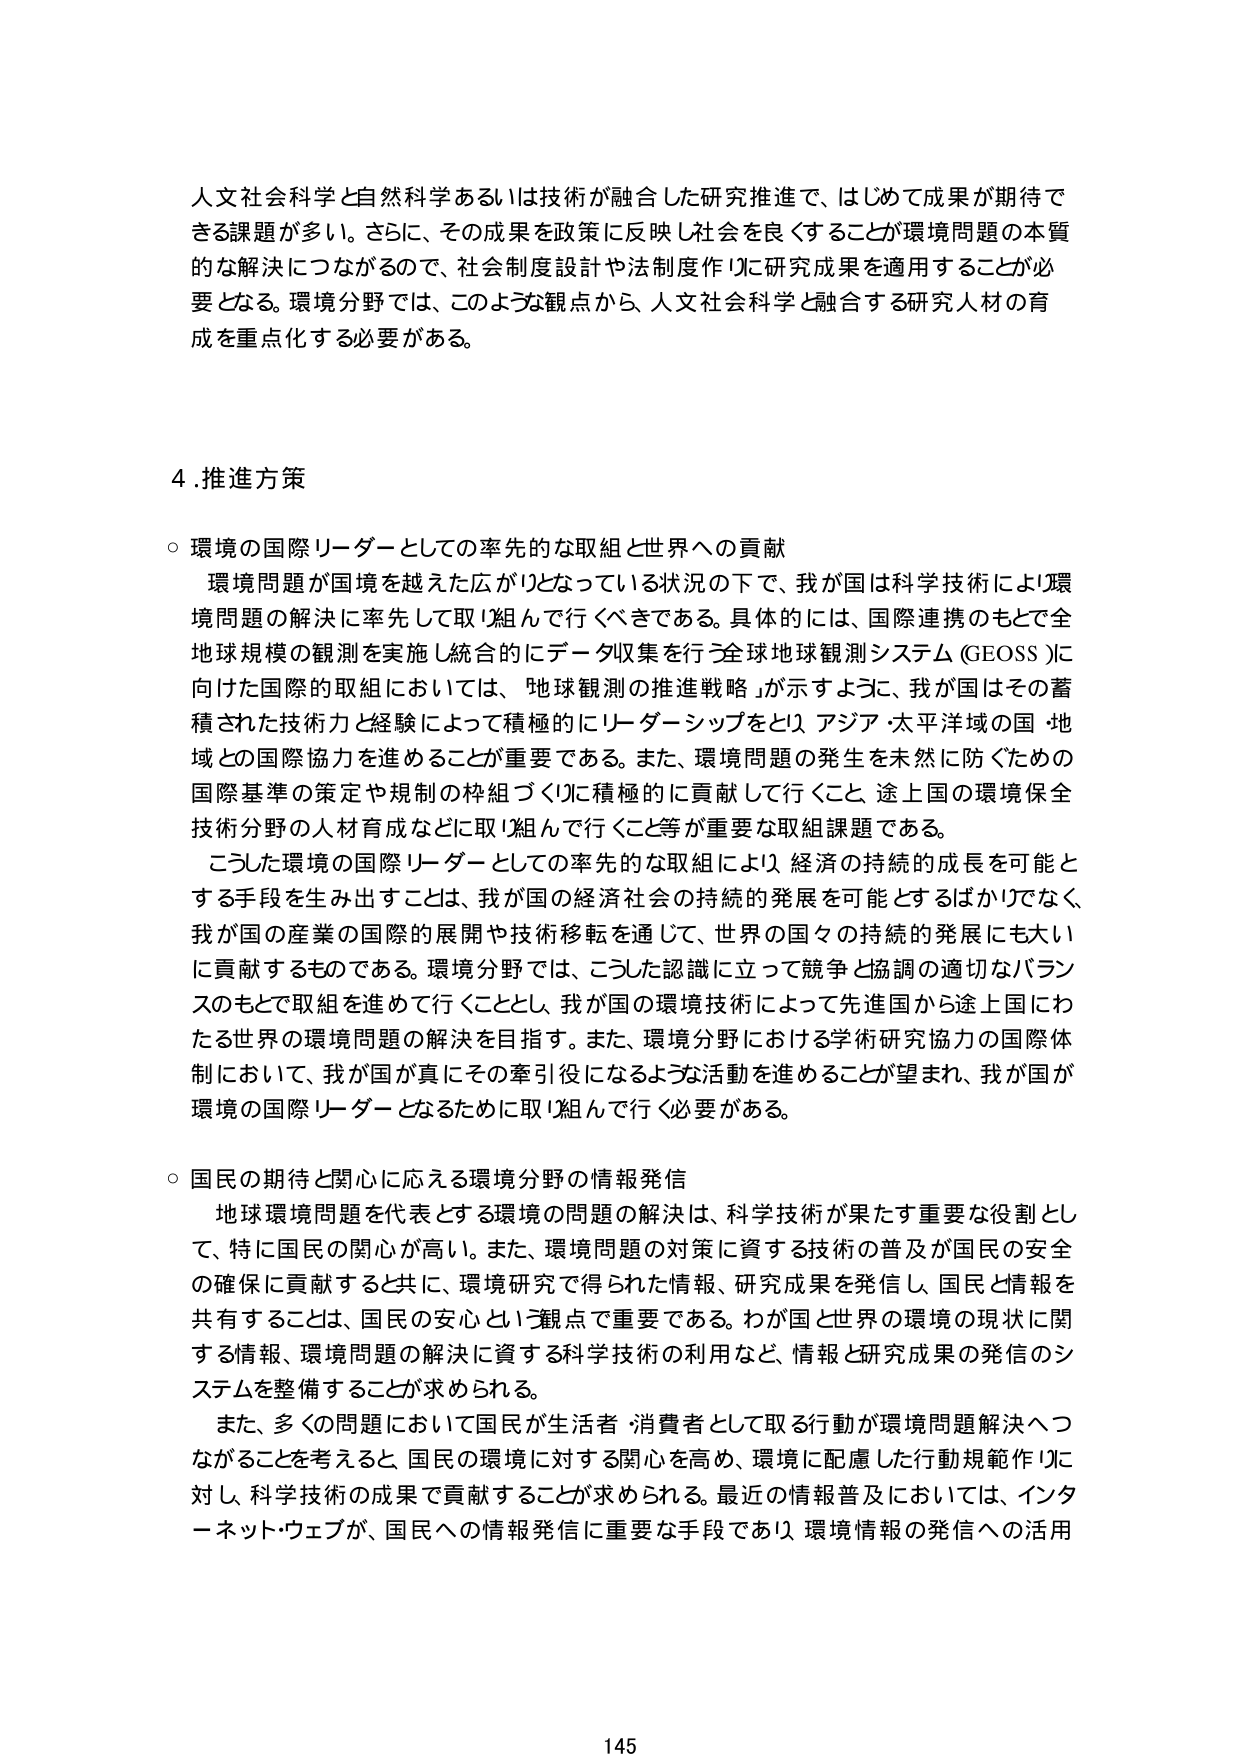
人文社会科学と自然科学あるいは技術が融合した研究推進で、はじめて成果が期待できる課題が多い。さらに、その成果を政策に反映し社会を良くすることが環境問題の本質的な解決につながるので、社会制度設計や法制度作りに研究成果を適用することが必要となる。環境分野では、このような観点から、人文社会科学と融合する研究人材の育成を重点化する必要がある。

4.推進方策

○ 環境の国際リーダーとしての率先的な取組と世界への貢献
環境問題が国境を越えた広がりとなっている状況の下で、我が国は科学技術により環境問題の解決に率先して取り組んで行くべきである。具体的には、国際連携のもとで全球規模の観測を実施し統合的にデータ収集を行う全球地球観測システム（GEOSS）に向けた国際的取組においては、「地球観測の推進戦略」が示すように、我が国はその蓄積された技術力と経験によって積極的にリーダーシップをとり、アジア・太平洋域の国・地域との国際協力を進めることが重要である。また、環境問題の発生を未然に防ぐための国際基準の策定や規制の枠組づくりに積極的に貢献して行くこと、途上国の環境保全技術分野の人材育成などに取り組んで行くこと等が重要な取組課題である。
こうした環境の国際リーダーとしての率先的な取組により、経済の持続的成長を可能とする手段を生み出すことは、我が国の経済社会の持続的発展を可能とするばかりでなく、我が国の産業の国際的展開や技術移転を通じて、世界の国々の持続的発展にも大いに貢献するものである。環境分野では、こうした認識に立って競争と協調の適切なバランスのもとで取組を進めて行くこととし、我が国の環境技術によって先進国から途上国にわたる世界の環境問題の解決を目指す。また、環境分野における学術研究協力の国際体制において、我が国が真にその牽引役になるような活動を進めることが望まれ、我が国が環境の国際リーダーとなるために取り組んで行く必要がある。

○ 国民の期待と関心に応える環境分野の情報発信
地球環境問題を代表とする環境の問題の解決は、科学技術が果たす重要な役割として、特に国民の関心が高い。また、環境問題の対策に資する技術の普及が国民の安全の確保に貢献すると共に、環境研究で得られた情報、研究成果を発信し、国民と情報を共有することは、国民の安心という観点で重要である。わが国と世界の環境の現状に関する情報、環境問題の解決に資する科学技術の利用など、情報と研究成果の発信のシステムを整備することが求められる。
また、多くの問題において国民が生活者・消費者として取る行動が環境問題解決へつながることを考えると、国民の環境に対する関心を高め、環境に配慮した行動規範作りに対し、科学技術の成果で貢献することが求められる。最近の情報普及においては、インターネット・ウェブが、国民への情報発信に重要な手段であり、環境情報の発信への活用

145